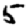
Digit: 5